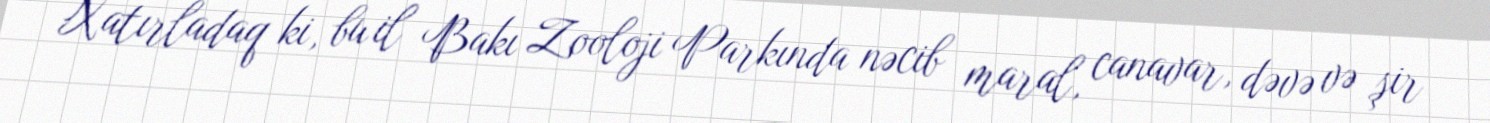
Xatırladaq ki, bu il Bakı Zooloji Parkında nəcib maral, canavar, dəvə və şir